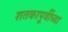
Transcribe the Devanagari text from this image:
शतकापूर्वीच्या